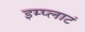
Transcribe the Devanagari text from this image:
इम्प्लाटं